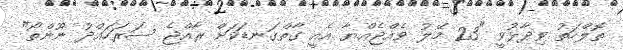
ތޮލްހަތު ވިދާޅުވީ "23 މޭލު ވެއްޖެއްޔާ އެއީ ގާތްގަނޑަކަށް ރާއްޖެ ސަރަހައްދު ނޫންތޯ"